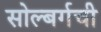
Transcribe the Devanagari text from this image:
सोल्बर्गची